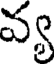
వ్య